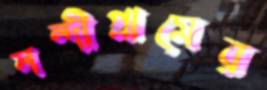
নন্দীগ্রামের